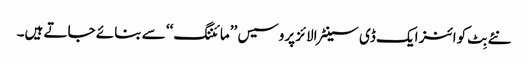
نئے بِٹ کوائنز ایک ڈی سینٹرالائز پروسیس ’’مائننگ‘‘ سے بنائے جاتے ہیں۔